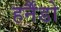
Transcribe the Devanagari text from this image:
हर्नैंडो